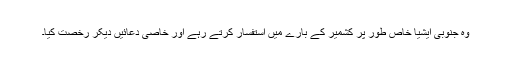
وہ جنوبی ایشیا خاص طور پر کشمیر کے بارے میں استفسار کرتے رہے اور خاصی دعائیں دیکر رخصت کیا۔